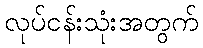
လုပ်ငန်းသုံးအတွက်